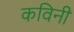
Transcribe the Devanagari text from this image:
कविनी